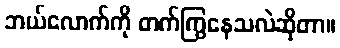
ဘယ်လောက်ကို တက်ကြွနေသလဲဆိုတာ။